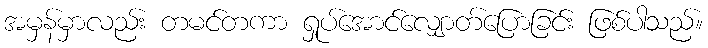
အမှန်မှာလည်း တမင်တကာ ရှုပ်အောင်လျှောတ်ပြောခြင်း ဖြစ်ပါသည်။